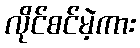
လိုင်စင်မဲ့ကား